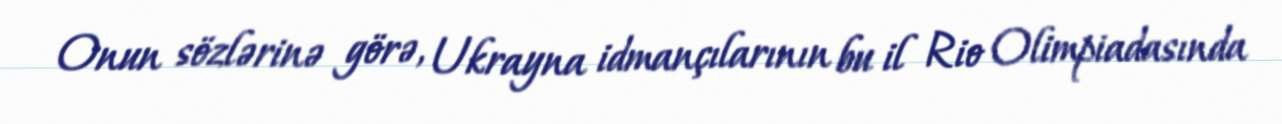
Onun sözlərinə görə, Ukrayna idmançılarının bu il Rio Olimpiadasında